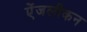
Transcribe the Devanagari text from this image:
ऐंजलीकन